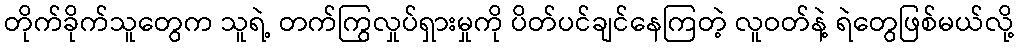
တိုက်ခိုက်သူတွေက သူရဲ့ တက်ကြွလှုပ်ရှားမှုကို ပိတ်ပင်ချင်နေကြတဲ့ လူဝတ်နဲ့ ရဲတွေဖြစ်မယ်လို့